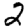
Digit: 2